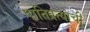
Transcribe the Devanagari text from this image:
पातिव्रत्याची